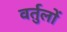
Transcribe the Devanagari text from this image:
वर्तुलों